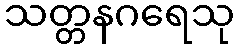
သတ္တနဂရေသု